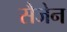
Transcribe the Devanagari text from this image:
सैजेन